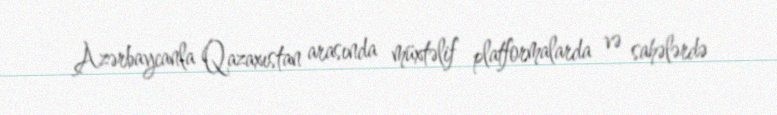
Azərbaycanla Qazaxıstan arasında müxtəlif platformalarda və sahələrdə